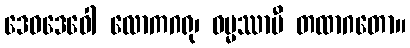
ဒေဝဒေဝေါ လောကဂရု၊ ဓမ္မဿာမီ တထာဂတော။